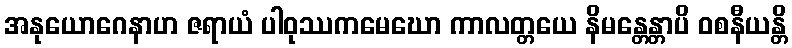
အနုယောဂေနာဟ ဇရာယံ ပါဝုဿကမေဃော ကာလတ္တယေ နိမန္တေန္တာပိ ဝစနီယန္တိ